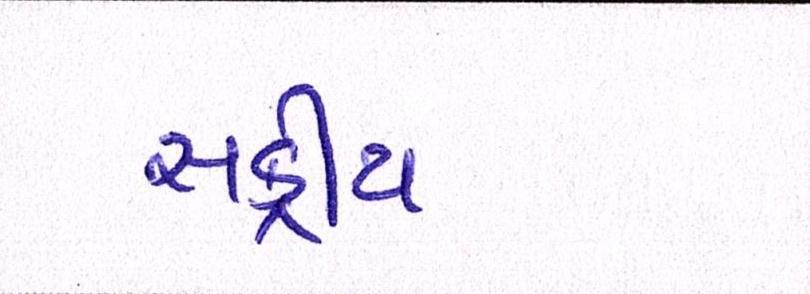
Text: સક્રીય